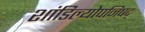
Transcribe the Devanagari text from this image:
शांडिल्योपनिषद्